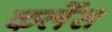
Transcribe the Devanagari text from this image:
कर्लेस